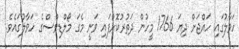
ހަވާލުގައި ހައްޖަށް ދިޔަ 1766 މީހުން ދަތުރުކޮށްފައި ވަނީ މެގަ މޯލްޑިވްސްގެ ހަވާލުގައެވެ.